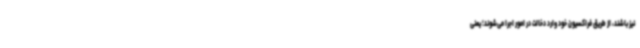
نیز باشند، از طریق فراکسیون خود وارد دخالت در امور اجرا می‌شوند؛ یعنی